Annual report of the Punjab Veterinary College and of the Civil Veterinary Department, Punjab - 1909-1919
Year: 1909
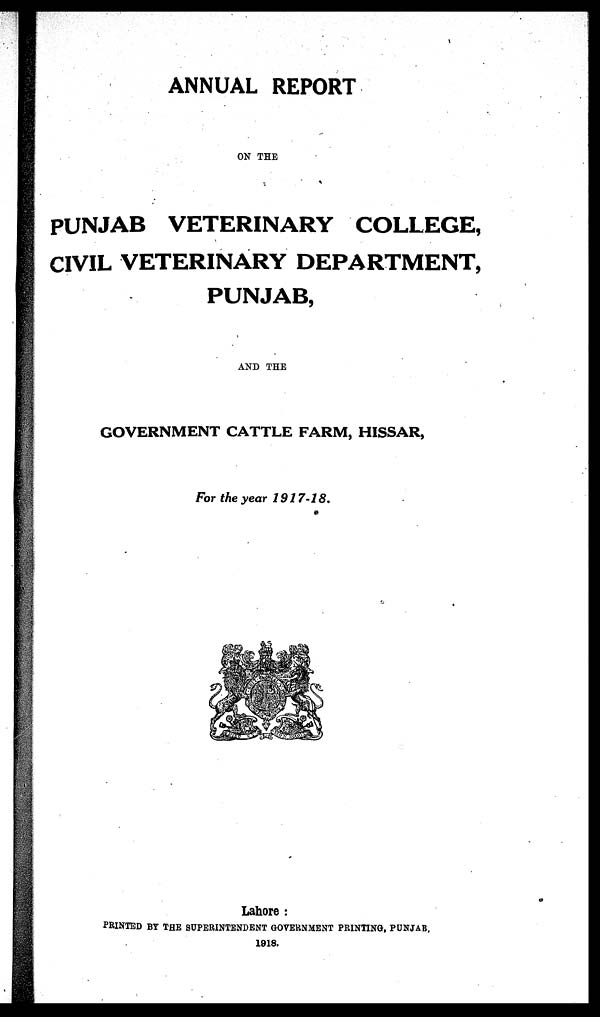
ANNUAL REPORT
ON THE
PUNJAB VETERINARY COLLEGE,
CIVIL VETERINARY DEPARTMENT,
PUNJAB,
AND THE
GOVERNMENT CATTLE FARM, HISSAR,
For the year 1917-18.
Lahore :
PRINTED BY THE SUPERINTENDENT GOVERNMENT PRINTING, PUNJAB,
1918.